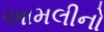
આમલીનો